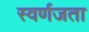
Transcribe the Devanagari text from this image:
स्वर्णजता